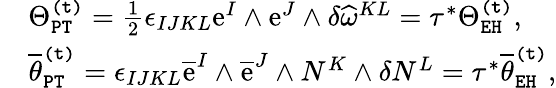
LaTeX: \begin{array}{rl}&{\Theta_{\mathtt{PT}}^{\mathtt{(t)}}=\frac{1}{2}\epsilon_{IJKL}\mathrm{e}^{I}\wedge\mathrm{e}^{J}\wedge\delta\widehat{\omega}^{KL}=\tau^{*}\Theta_{\mathtt{EH}}^{\mathtt{(t)}},}\\ &{\overline{{\theta}}_{\mathtt{PT}}^{\mathtt{(t)}}=\epsilon_{IJKL}\overline{{\mathrm{e}}}^{I}\wedge\overline{{\mathrm{e}}}^{J}\wedge N^{K}\wedge\delta N^{L}=\tau^{*}\overline{{\theta}}_{\mathtt{EH}}^{\mathtt{(t)}},}\end{array}